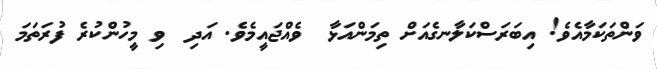
ވަންތަކަމާއެވެ! އިބަރަސްކަލާނގެއަށް ތިމަންއަޅާ  ވެއްޖައީމެވެ. އަދި  ވި މީހުންކުރެ ފުރަތަމަ